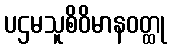
ပဌမသူစိဝိမာနဝတ္ထု